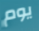
يوم